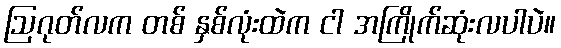
ဩဂုတ်လက တစ် နှစ်လုံးထဲက ငါ အကြိုက်ဆုံးလပါပဲ။